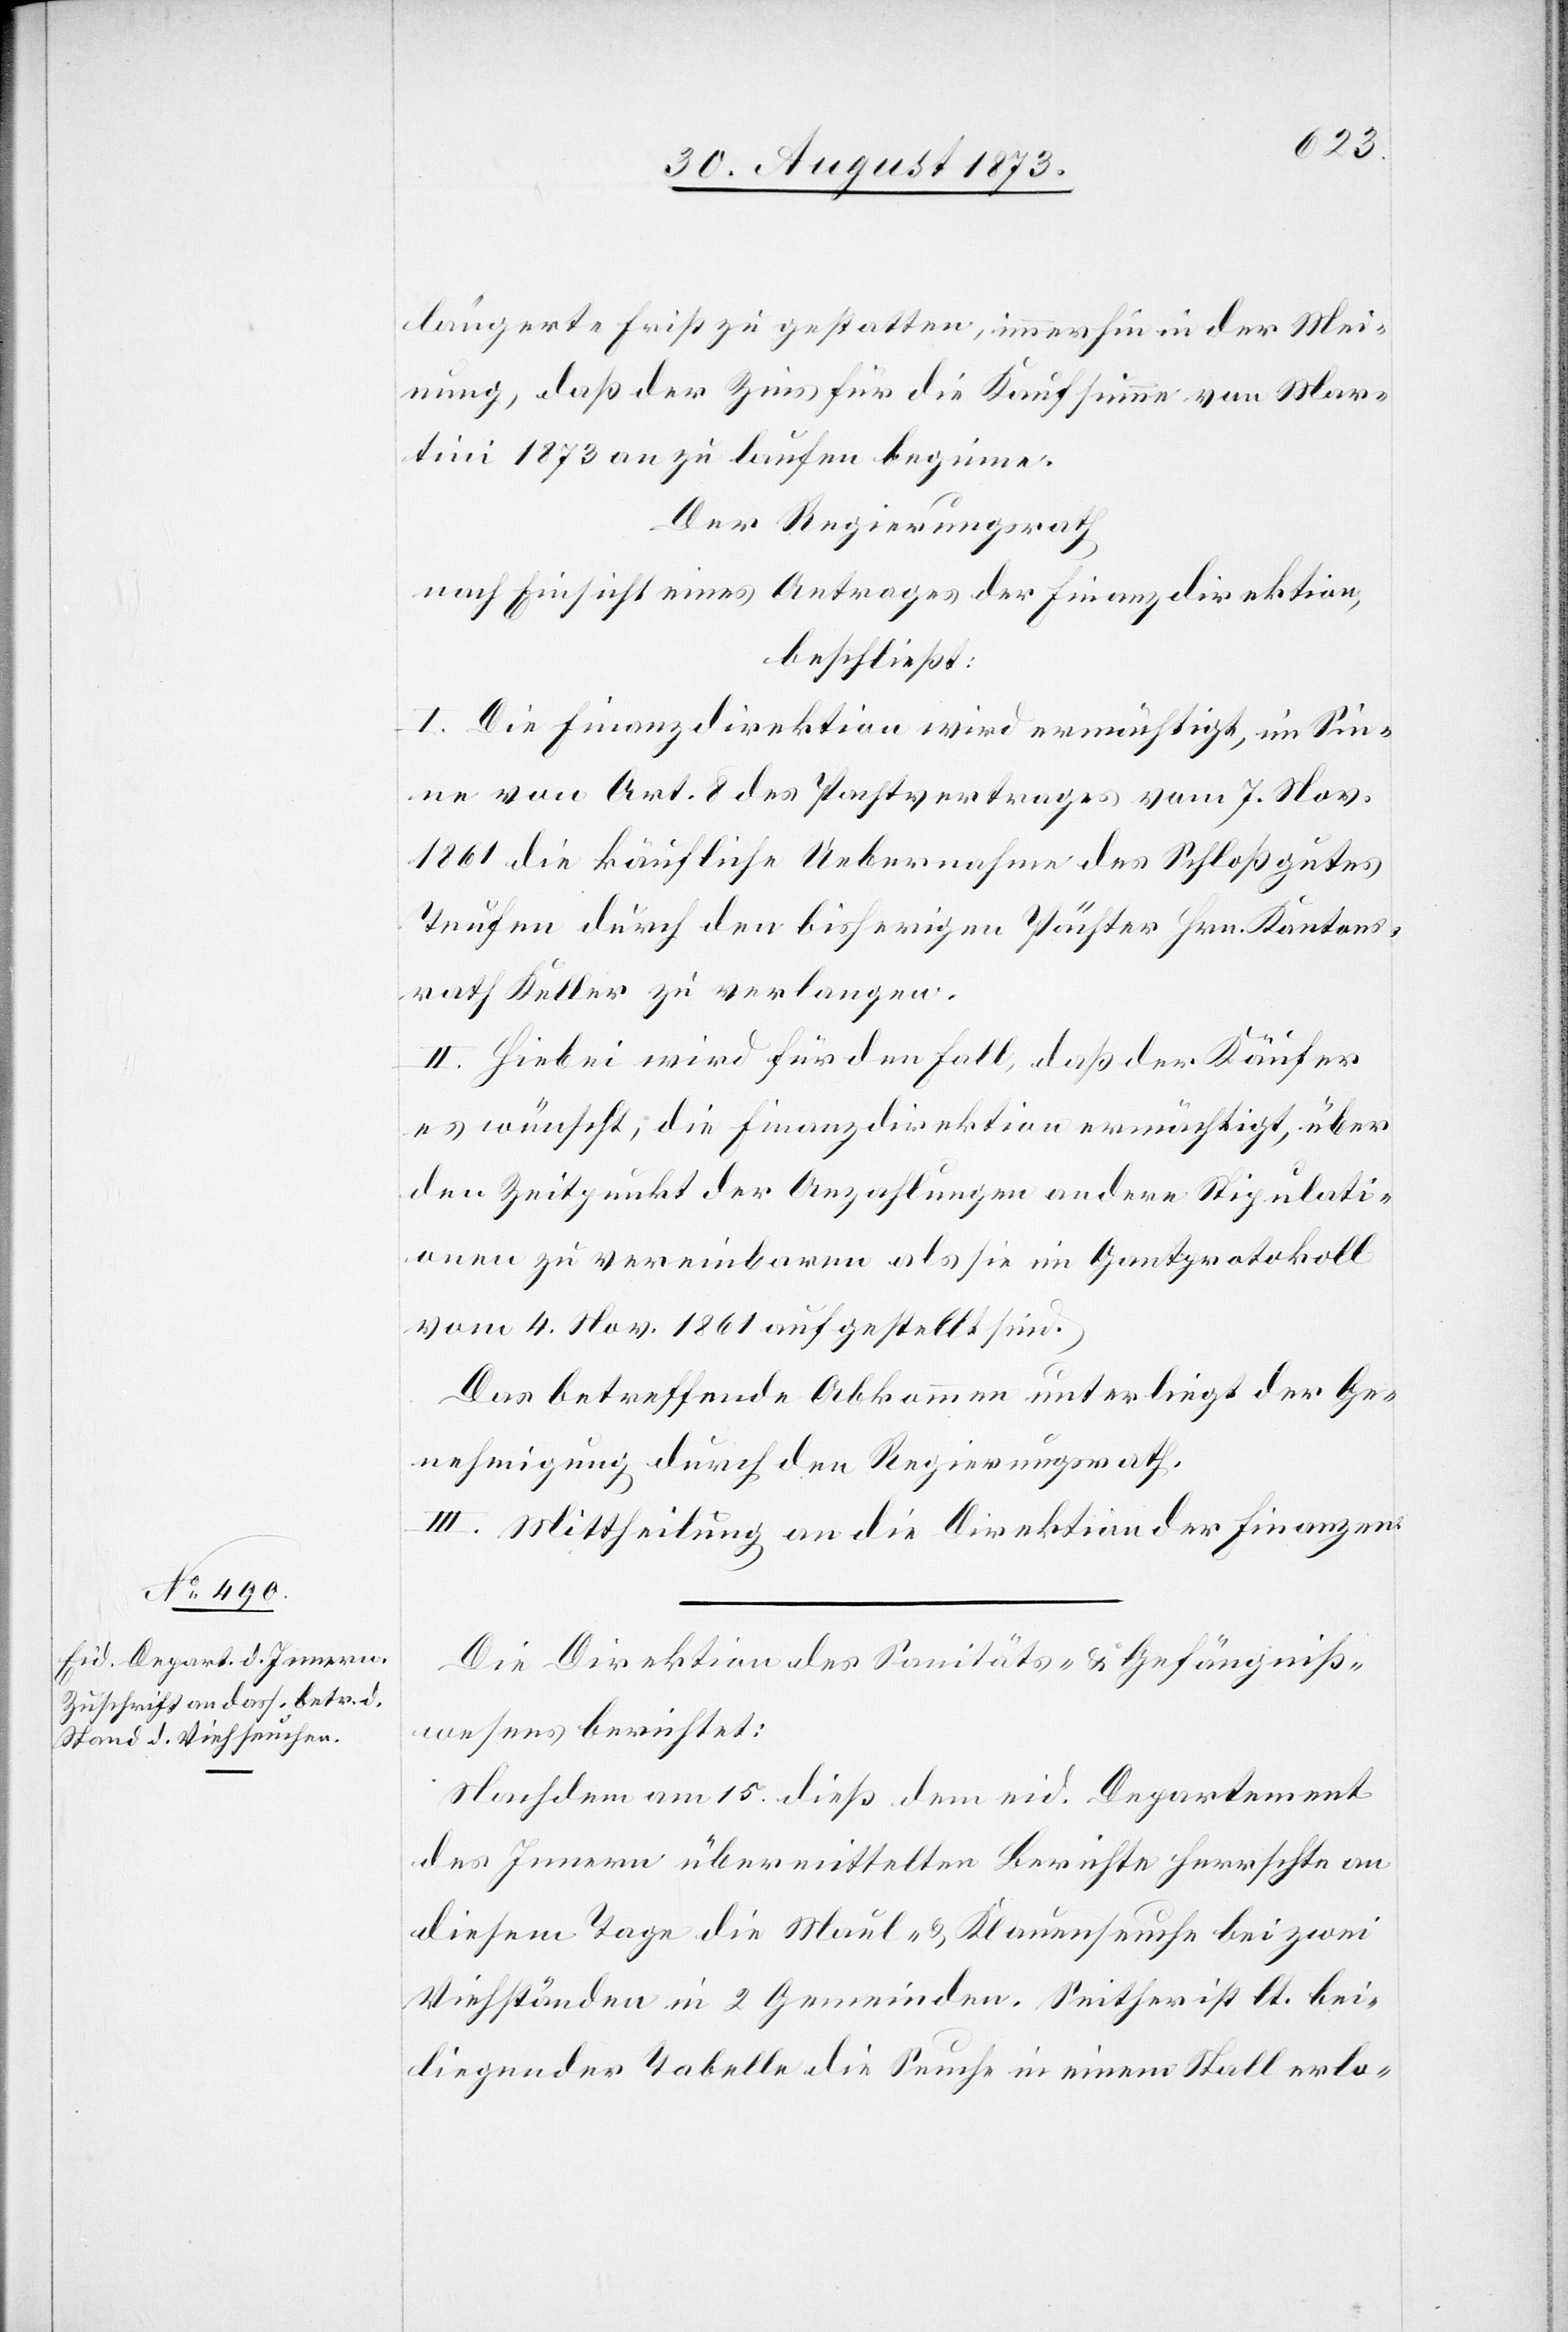
1873.]
längerte Frist zu gestatten, immerhin in der Mei¬
nung, daß der Zins für die Kaufsumme von Mar¬
tini 1873 an zu laufen beginne.
Der Regierungsrath
nach Einsicht eines Antrages der Finanzdirektion,
beschließt:
I. Die Finanzdirektion wird ermächtigt, im Sin¬
ne von Art. 8 des Pachtvertrages vom 7. Nov.
1861 die käufliche Uebernahme des Schloßgutes
Teufen durch den bisherigen Pächter Hrn. Kantons¬
rath Keller zu verlangen.
II. Hiebei wird für den Fall, daß der Käufer
es wünscht, die Finanzdirektion ermächtigt, über
den Zeitpunkt der Anzahlungen andere Stipulati¬
onen zu vereinbaren als sie im Gantprotokoll
vom 4. Nov. 1861 aufgestellt sind.
Das betreffende Abkommen unterliegt der Ge¬
nehmigung durch den Regierungsrath.
III. Mittheilung an die Direktion der Finanzen.
Die Direktion des Sanitäts- & Gefängniß¬
wesens berichtet:
[sic!] am 15. dieß dem eid. Departement
des Innern übermittelten Berichte herrschte an
diesem Tage die Maul- & Klauenseuche bei zwei
Viehständen in 2 Gemeinden. Seither ist lt. bei¬
liegender Tabelle die Seuche in einem Stall erlo-